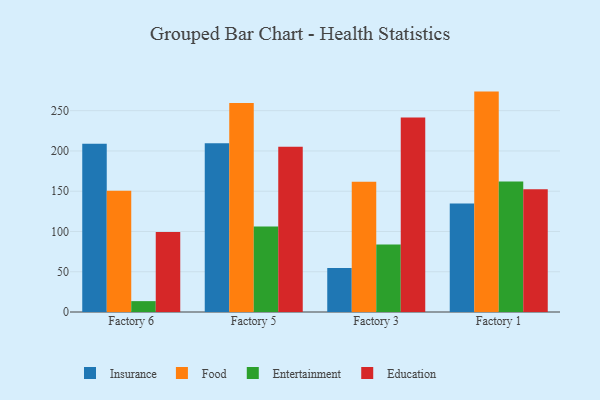
{"axis": {"x": "Factory", "y": "Conversion Rate (%)"}, "legend": ["Education", "Entertainment", "Food", "Insurance"], "data": [{"x": "Factory 6", "y": 209.0, "type": "Insurance"}, {"x": "Factory 6", "y": 150.5, "type": "Food"}, {"x": "Factory 6", "y": 13.5, "type": "Entertainment"}, {"x": "Factory 6", "y": 99.3, "type": "Education"}, {"x": "Factory 5", "y": 209.6, "type": "Insurance"}, {"x": "Factory 5", "y": 259.5, "type": "Food"}, {"x": "Factory 5", "y": 106.1, "type": "Entertainment"}, {"x": "Factory 5", "y": 205.2, "type": "Education"}, {"x": "Factory 3", "y": 54.7, "type": "Insurance"}, {"x": "Factory 3", "y": 161.7, "type": "Food"}, {"x": "Factory 3", "y": 83.9, "type": "Entertainment"}, {"x": "Factory 3", "y": 241.4, "type": "Education"}, {"x": "Factory 1", "y": 134.8, "type": "Insurance"}, {"x": "Factory 1", "y": 273.7, "type": "Food"}, {"x": "Factory 1", "y": 162.2, "type": "Entertainment"}, {"x": "Factory 1", "y": 152.3, "type": "Education"}]}